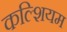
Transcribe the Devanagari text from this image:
कल्शियम